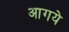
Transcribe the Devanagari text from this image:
आगये